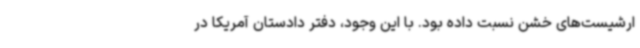
ارشیست‌های خشن نسبت داده بود. با این وجود، دفتر دادستان آمریکا در